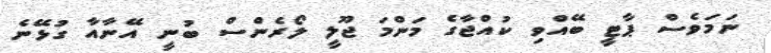
ނަމަވެސް ޕާޓީ ބޭއްވި ކުއްޖާގެ މަންމަ ޖޫލީ ލޯރެންސް ބުނީ އޭނާއާ ގުޅޭނެ